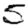
Digit: 5